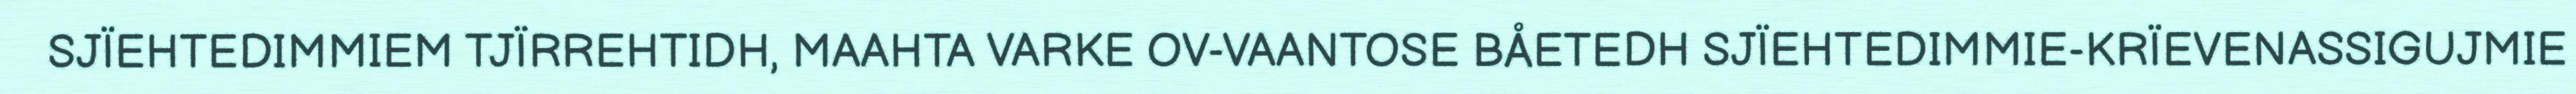
SJÏEHTEDIMMIEM TJÏRREHTIDH, MAAHTA VARKE OV-VAANTOSE BÅETEDH SJÏEHTEDIMMIE-KRÏEVENASSIGUJMIE